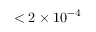
< 2 \times 1 0 ^ { - 4 }